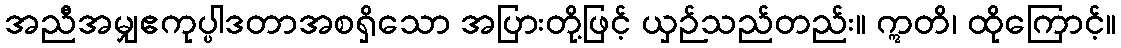
အညီအမျှဧကုပ္ပါဒတာအစရှိသော အပြားတို့ဖြင့် ယှဉ်သည်တည်း။ ဣတိ၊ ထိုကြောင့်။